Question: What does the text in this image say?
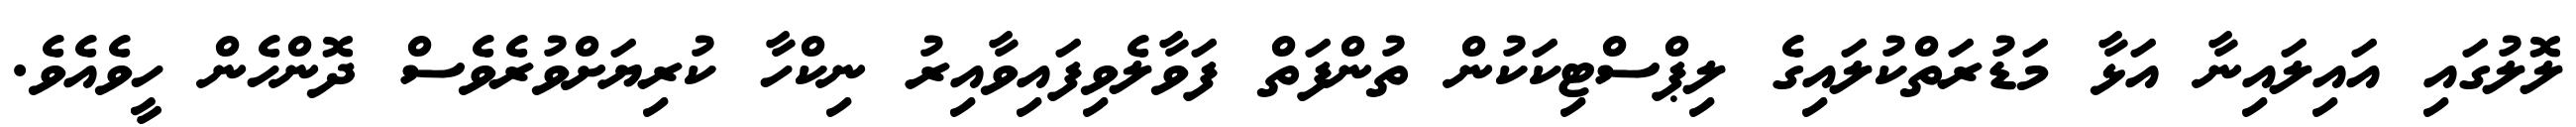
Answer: ލޮލުގައި އައިލައިނާ އަޅާ މަޑުރަތްކުލައިގެ ލިޕްސްޓިކަކުން ތުންފަތް ފަވާލެވިފައިވާއިރު ނިކްހާ ކުރިޔަށްވުރެވެސް ދޮންހެން ހީވެއެވެ.